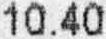
10.40